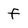
Character: f